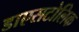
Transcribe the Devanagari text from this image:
डाएसटोलिक